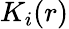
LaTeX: K_{i}(r)